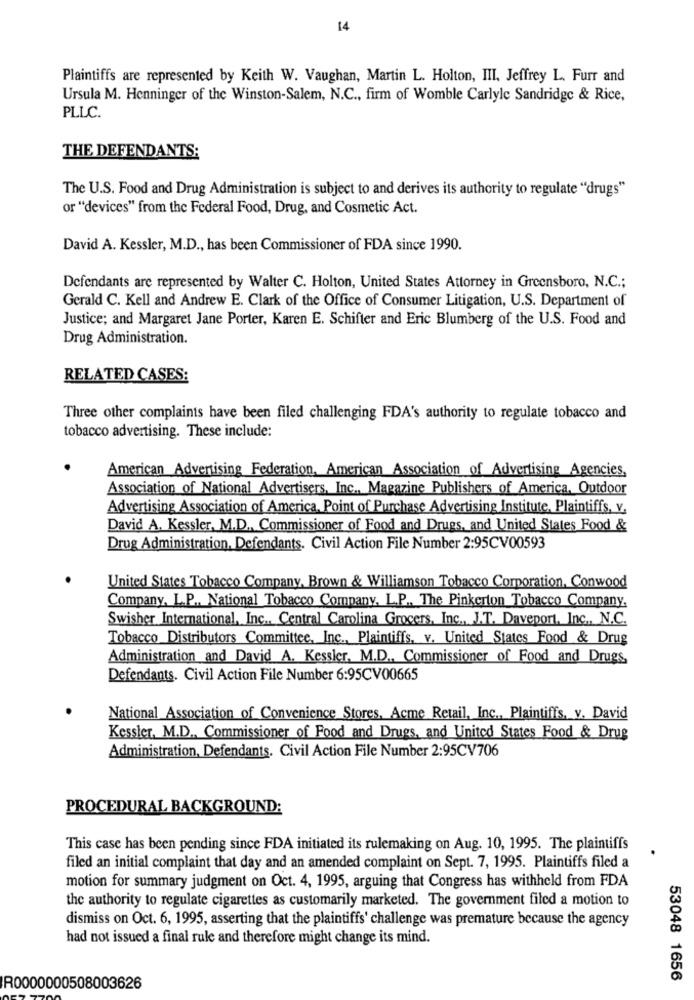
14
Plaintiffs are represented by Keith W. Vaughan, Martin L. Holton, III, Jeffrey L. Furr and
Ursula M. Henninger of the Winston-Salem, N.C ., firm of Womble Carlyle Sandridge & Rice,
PLLC.
THE DEFENDANTS:
The U.S. Food and Drug Administration is subject to and derives its authority to regulate "drugs"
or "devices" from the Federal Food, Drug, and Cosmetic Act.
David A. Kessler, M.D ., has been Commissioner of FDA since 1990.
Defendants are represented by Walter C. Holton, United States Attorney in Greensboro, N.C .;
Gerald C. Kell and Andrew E. Clark of the Office of Consumer Litigation, U.S. Department of
Justice; and Margaret Jane Porter, Karen E. Schifter and Eric Blumberg of the U.S. Food and
Drug Administration.
RELATED CASES:
Three other complaints have been filed challenging FDA's authority to regulate tobacco and
tobacco advertising. These include:
American Advertising Federation, American Association of Advertising Agencies,
Association of National Advertisers, Inc ., Magazine Publishers of America, Outdoor
Advertising Association of America. Point of Purchase Advertising Institute, Plaintiffs, v.
David A. Kessler, M.D ., Commissioner of Food and Drugs, and United States Food &
Drug Administration, Defendants. Civil Action File Number 2:95CV00593
United States Tobacco Company, Brown & Williamson Tobacco Corporation, Conwood
Company, L.P ., National Tobacco Company, L.P ., The Pinkerton Tobacco Company,
Swisher International, Inc .. Central Carolina Grocers, Inc ., J.T. Daveport, Inc ., N.C.
Tobacco Distributors Committee, Inc ., Plaintiffs, v. United States Food & Drug
Administration and David A. Kessler, M.D ., Commissioner of Food and Drugs,
Defendants. Civil Action File Number 6:95CV00665
National Association of Convenience Stores, Acme Retail, Inc ., Plaintiffs, v. David
Kessler, M.D ., Commissioner of Food and Drugs, and United States Food & Drug
Administration, Defendants. Civil Action File Number 2:95CV706
PROCEDURAL BACKGROUND:
This case has been pending since FDA initiated its rulemaking on Aug. 10, 1995. The plaintiffs
filed an initial complaint that day and an amended complaint on Sept. 7, 1995. Plaintiffs filed a
motion for summary judgment on Oct. 4, 1995, arguing that Congress has withheld from FDA
the authority to regulate cigarettes as customarily marketed. The government filed a motion to
dismiss on Oct. 6, 1995, asserting that the plaintiffs' challenge was premature because the agency
had not issued a final rule and therefore might change its mind.
53048 1656
R0000000508003626